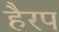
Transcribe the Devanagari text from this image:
हैरप